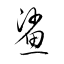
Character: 鯊